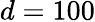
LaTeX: d=100